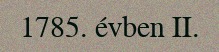
1785. évben II.